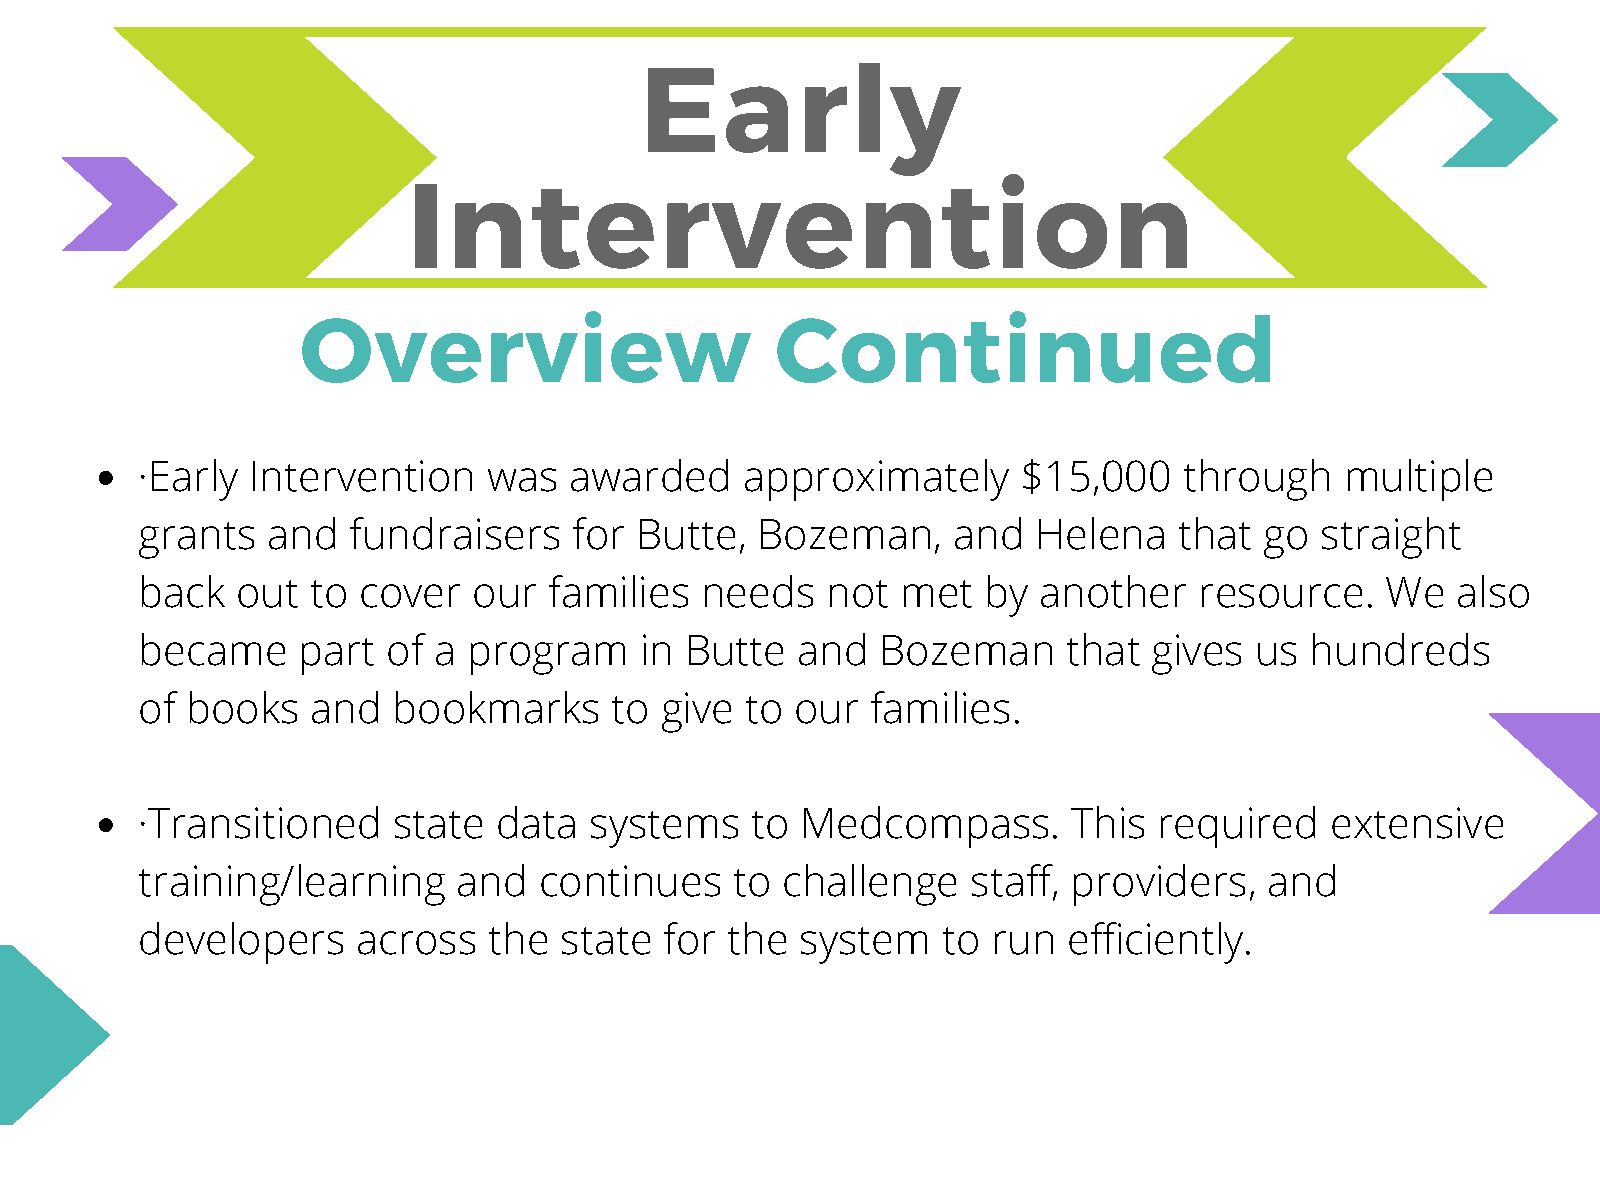
Early
 Intervention
 Overview                       Continued
 ·Early Intervention    was   awarded    approximately      $15,000   through    multiple
 grants   and  fundraisers    for Butte,  Bozeman,     and   Helena   that  go straight
 back   out  to cover  our  families  needs    not  met  by  another   resource.    We  also
 became     part  of a program    in Butte   and  Bozeman      that gives  us  hundreds
 of books    and  bookmarks     to  give to  our  families.
 ·Transitioned    state  data  systems    to Medcompass.       This  required   extensive
 training/learning    and   continues    to challenge   staff, providers,   and
 developers     across  the  state  for the  system   to  run  efficiently.